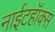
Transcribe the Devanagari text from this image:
नाईटहॉक्स